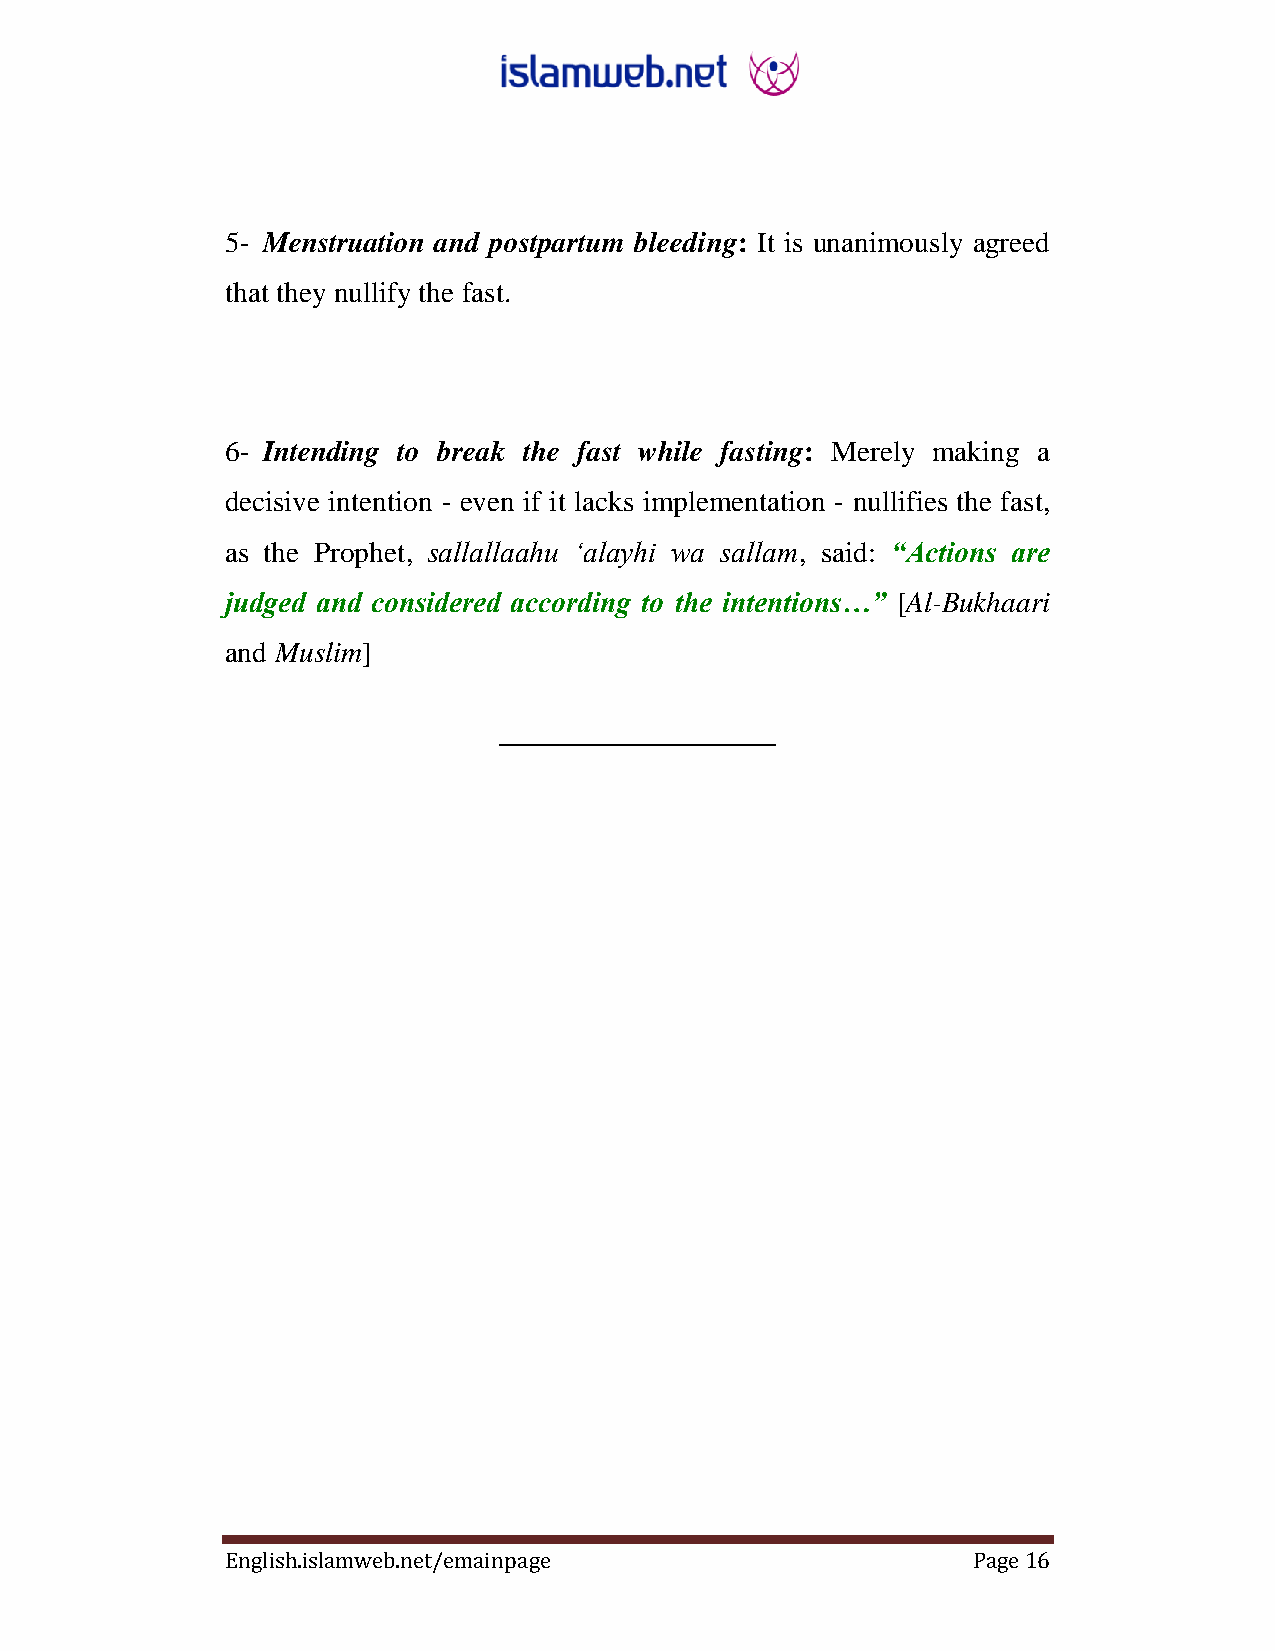
5- Menstruation and postpartum bleeding: It is unanimously agreed
 that they nullify the fast.
 6- Intending to break the fast while fasting: Merely making a
 decisive intention - even if it lacks implementation - nullifies the fast,
 as the Prophet, sallallaahu „alayhi wa sallam, said: “Actions are
 judged and considered according to the intentions…” [Al-Bukhaari
 and Muslim]
 ___________________
 English.islamweb.net/emainpage                   Page 16